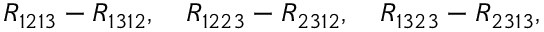
R _ { 1 2 1 3 } - R _ { 1 3 1 2 } , \quad R _ { 1 2 2 3 } - R _ { 2 3 1 2 } , \quad R _ { 1 3 2 3 } - R _ { 2 3 1 3 } ,